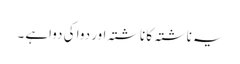
یہ ناشتہ کا ناشتہ اور دوا کی دواہے ۔